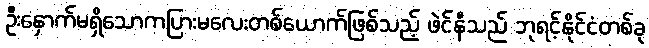
ဦးနှောက်မရှိသောကပြားမလေးတစ်ယောက်ဖြစ်သည့် ဖဲင်နီသည် ဘုရင့်နိုင်ငံတစ်ခု